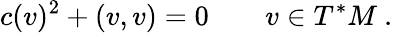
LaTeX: c(v)^{2}+(v,v)=0\qquad v\in T^{*}M\ .